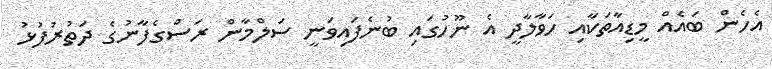
އެހެން ބައެއް މީޑިއާތަކާއި ހަވާލާދީ އެ ނޫހުގައި ބުނެފައިވަނީ ސަލްމާން ރަސްގެފާނުގެ ދަތުރުފުޅު